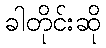
ခါတိုင်းဆို